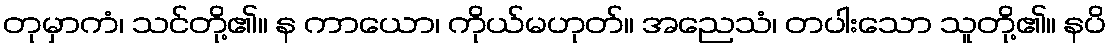
တုမှာကံ၊ သင်တို့၏။ န ကာယော၊ ကိုယ်မဟုတ်။ အညေသံ၊ တပါးသော သူတို့၏။ နပိ